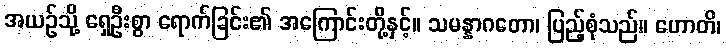
အယဉ်သို့ ရှေဦးစွာ ရောက်ခြင်း၏ အကြောင်းတို့နှင့်။ သမန္နာဂတော၊ ပြည့်စုံသည်။ ဟောတိ၊